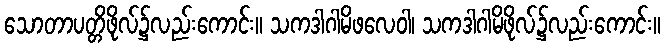
သောတာပတ္တိဖိုလ်၌လည်းကောင်း။ သကဒါဂါမိဖလေဝါ၊ သကဒါဂါမိဖိုလ်၌လည်းကောင်း။